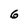
Character: 6